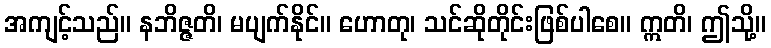
အကျင့်သည်။ နဘိဇ္ဇတိ၊ မပျက်နိုင်။ ဟောတု၊ သင်ဆိုတိုင်းဖြစ်ပါစေ။ ဣတိ၊ ဤသို့။